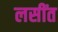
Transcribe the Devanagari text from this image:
लसींत